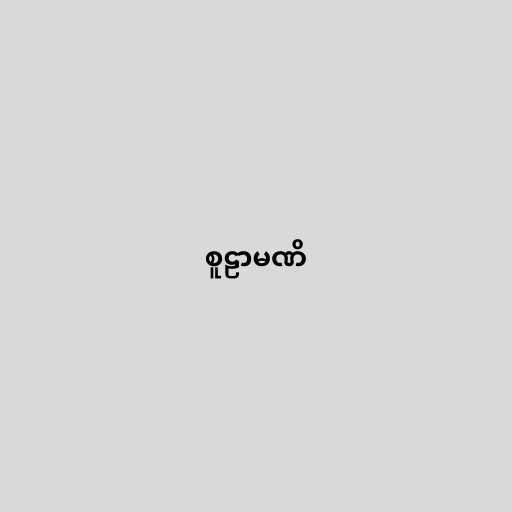
စူဠာမဏိ